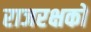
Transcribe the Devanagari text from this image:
राजरक्षकों